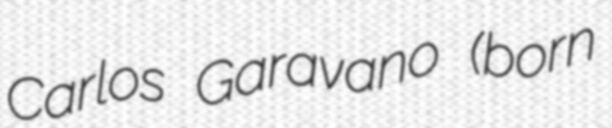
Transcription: Carlos Garavano (born